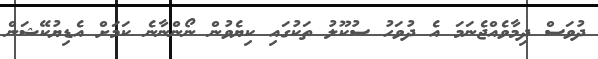
ދުވަސް ދިމާވެއްޖެނަމަ އެ ދުވަހު ސުކޫލު ތަކުގައި ކިޔެވުން ނޯންނާނެ ކަމަށް އެޑިޔުކޭޝަން